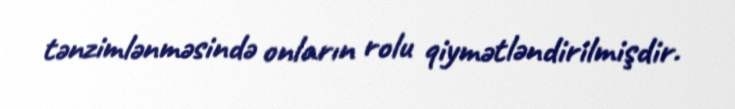
tənzimlənməsində onların rolu qiymətləndirilmişdir.